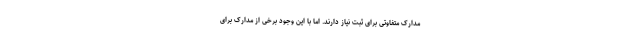
مدارک متفاوتی برای ثبت نیاز دارند. اما با این وجود برخی از مدارک برای